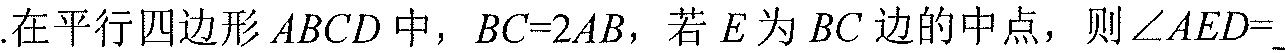
.在平行四边形\(ABCD\)中，\(BC = 2AB\)，若\(E\)为\(BC\)边的中点，则\(\angle AED=\)